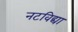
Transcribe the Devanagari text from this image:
नटविद्या